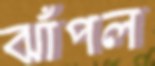
ঝাঁপল